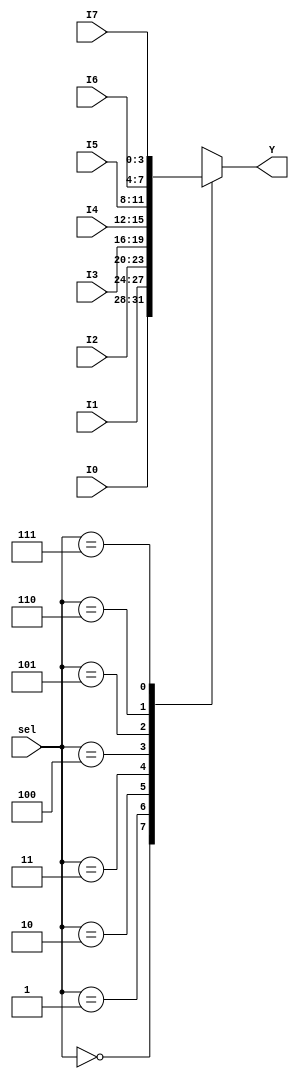
`timescale 1ns / 1ps

module Mux_8X1(I0,I1,I2,I3,I4,I5,I6,I7,sel,Y);
input [3:0] I0,I1,I2,I3,I4,I5,I6,I7; //all the inputs are 4-bits
input [2:0] sel; //select line is 3 bit
output reg [3:0] Y; //output is a 4 bit line

always @(I0,I1,I2,I3,I4,I5,I6,I7,sel)
begin 
case (sel)
3'b000: Y<=I0;
3'b001: Y<=I1;
3'b010: Y<=I2;
3'b011: Y<=I3;
3'b100: Y<=I4;
3'b101: Y<=I5;
3'b110: Y<=I6;
3'b111: Y<=I7;
endcase
end
endmodule